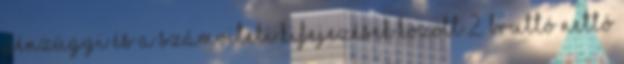
PÉNZÜGYI ÉS A SZÁMVITELI KIFEJEZÉSEK KÖZÖTT 2. BRUTTÓ NETTÓ